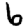
Digit: 6